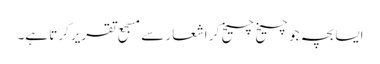
ایسا بچہ جو چیخ چیخ کر اشعار سے مسجع تقریر کرتا ہے۔